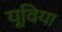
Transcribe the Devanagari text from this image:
यूविया